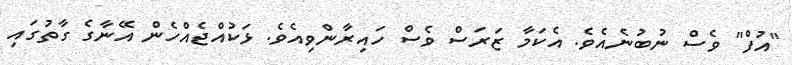
"އުފް" ވެސް ނުބުނެއެވެ. އެކަމާ ޒަރަސް ވެސް ހައިރާންވިއެވެ. ޅަކުއްޖެއްހެން އޭނާގެ ގާތުގައި